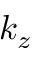
k _ { z }